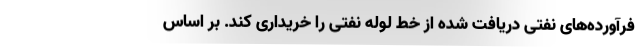
فرآورده‌های نفتی دریافت شده از خط لوله نفتی را خریداری کند. بر اساس